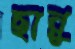
ছান্নু